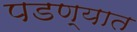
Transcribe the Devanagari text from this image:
पडण्यात